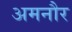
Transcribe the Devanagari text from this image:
अमनौर